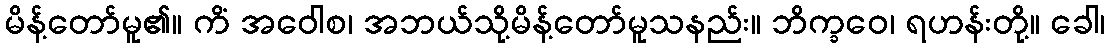
မိန့်တော်မူ၏။ ကိံ အဝေါစ၊ အဘယ်သို့မိန့်တော်မူသနည်း။ ဘိက္ခဝေ၊ ရဟန်းတို့။ ခေါ၊